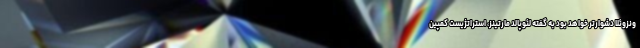
ونزوئلا دشوارتر خواهد بود به گفته لئوپالد مارتینز، استراتژیست کمپین